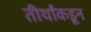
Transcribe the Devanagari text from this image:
तीर्थांकडून